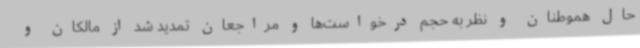
حال هموطنان و نظر به حجم درخواست‌ها و مراجعان تمدید شد از مالکان و